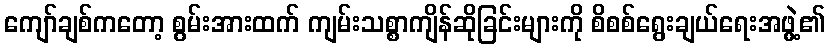
ကျော်ချစ်ကတော့ စွမ်းအားထက် ကျမ်းသစ္စာကျိန်ဆိုခြင်းများကို စိစစ်ရွေးချယ်ရေးအဖွဲ့၏